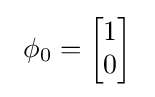
~\phi _{0}={\begin{bmatrix}1\\0\end{bmatrix}}~